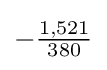
-{\tfrac {1,521}{380}}